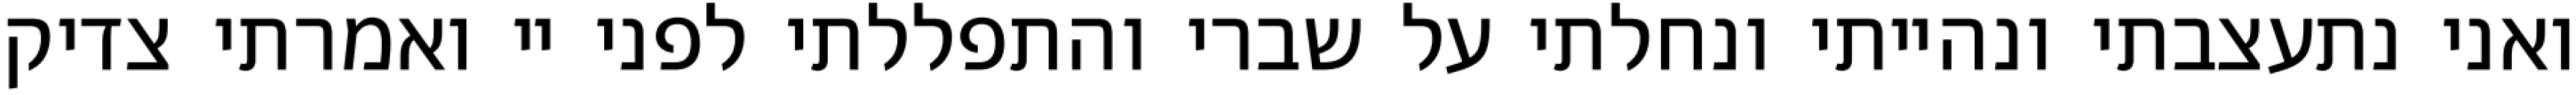
ואני נתעצבתי ונהייתי ונחלתי על שברי והתפללתי לפני יי ואמרתי צדיק